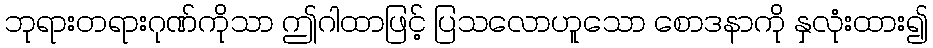
ဘုရားတရားဂုဏ်ကိုသာ ဤဂါထာဖြင့် ပြသလောဟူသော စောဒနာကို နှလုံးထား၍